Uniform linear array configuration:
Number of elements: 16
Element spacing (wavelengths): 0.5
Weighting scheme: cosine
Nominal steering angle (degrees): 15
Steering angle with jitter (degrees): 15.798
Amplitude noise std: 0.05
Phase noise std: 0.05

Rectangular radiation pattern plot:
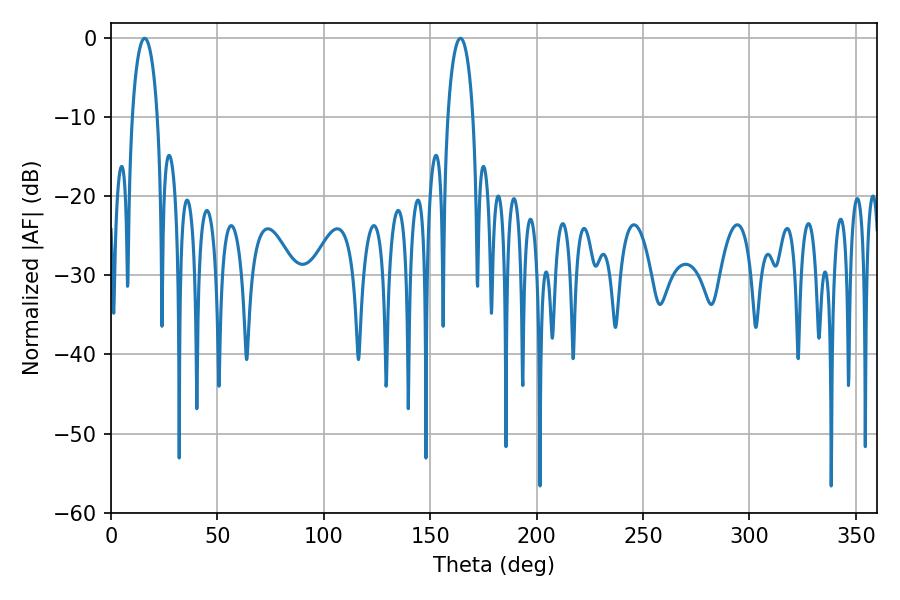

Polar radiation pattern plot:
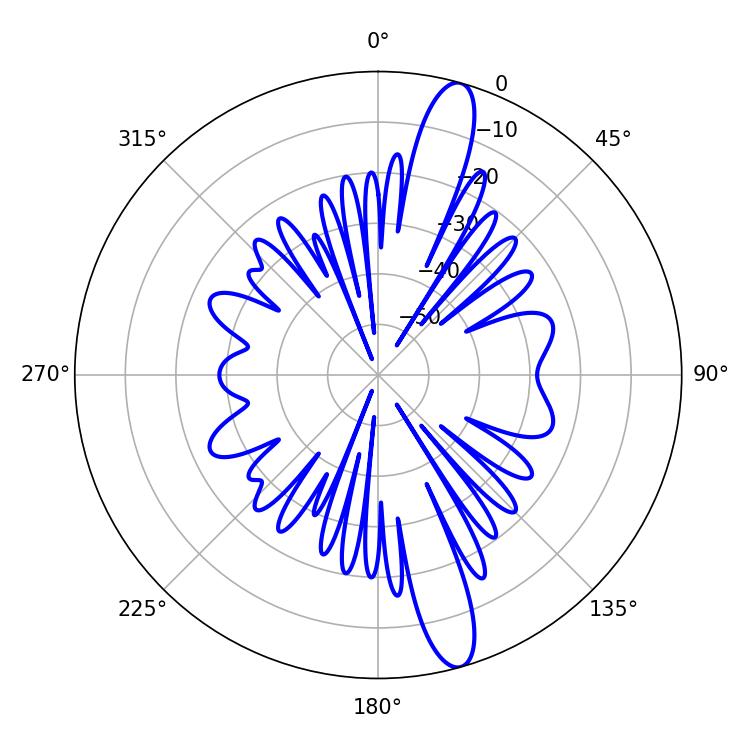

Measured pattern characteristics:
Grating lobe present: FALSE
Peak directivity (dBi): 14.503
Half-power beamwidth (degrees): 6.84
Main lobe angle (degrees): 15.84